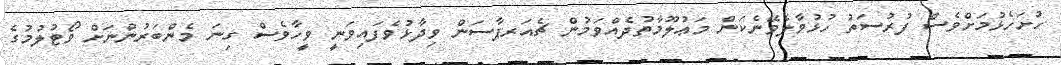
ހުށަހެޅުމަށްވެސް ފުރުސަތު ހުޅުވާލެވޭނެކަން މަޢުލޫމާތުދެއްވަމުން ޗެއަރޕާސަން ވިދާޅުވެފައިވަނީ ވީހާވެސް ގިނަ މެންބަރުންނަށް ވޯޓުލުމުގެ